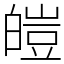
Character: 皚